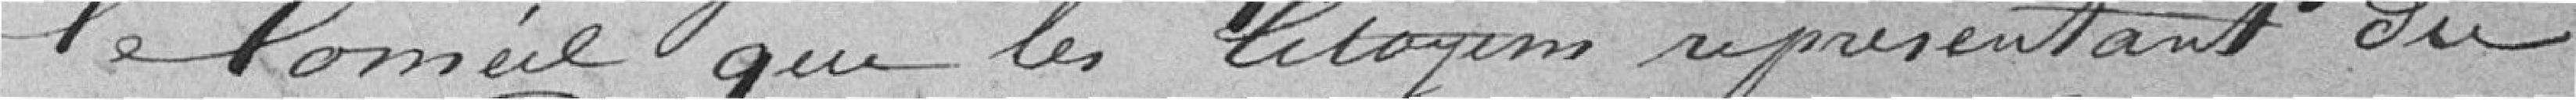
le conseil que les citoyens représentant du